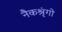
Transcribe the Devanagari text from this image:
नैकश्रृंगो